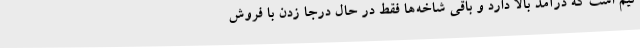
تیم است که درآمد بالا دارد و باقی شاخه‌ها فقط در حال درجا زدن با فروش